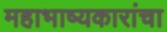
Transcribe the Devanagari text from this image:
महाभाष्यकारांचा